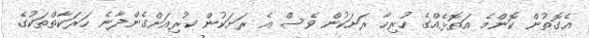
އެގޮތުން ކޮންމެ އަތޮޅެއްގެ ހުރިހާ ރަށަކުން ވެސް އެ ރަށަކުން ކުރިއަށްގެންދާނެ ހަރަކާތްތަކުގެ